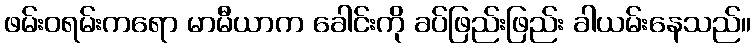
ဖမ်းဝရမ်းကရော မာမီယာက ခေါင်းကို ခပ်ဖြည်းဖြည်း ခါယမ်းနေသည်။